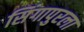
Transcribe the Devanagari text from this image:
सिंगापुरला